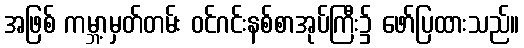
အဖြစ် ကမ္ဘာ့မှတ်တမ်း ဝင်ဂင်းနစ်စာအုပ်ကြီး၌ ဖော်ပြထားသည်။